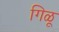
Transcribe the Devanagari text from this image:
गिळू